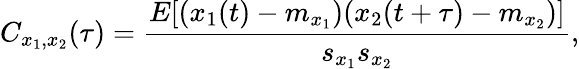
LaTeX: C_{x_{1},x_{2}}(\tau)=\frac{E[(x_{1}(t)-m_{x_{1}})(x_{2}(t+\tau)-m_{x_{2}})]}{s_{x_{1}}s_{x_{2}}},